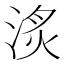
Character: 𣶋